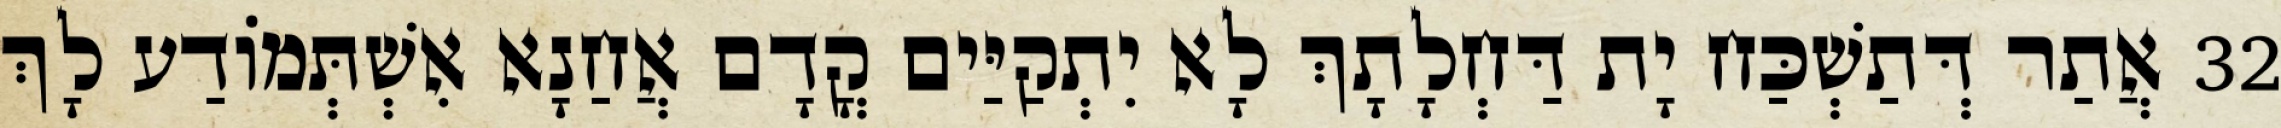
32 אֲתַר דְּתַשְׁכַּח יָת דַּחְלָתָךְ לָא יִתְקַיַּים קֳדָם אֲחַנָא אִשְׁתְּמוֹדַע לָךְ